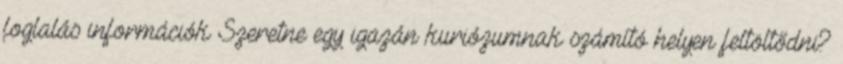
foglalás információk Szeretne egy igazán kuriózumnak számító helyen feltöltődni?